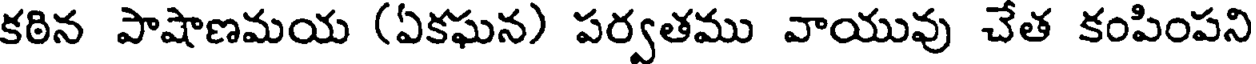
కఠిన పాషాణమయ (ఏకఘన) పర్వతము వాయువు చేత కంపింపని